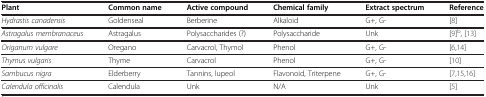
<table><thead><tr><td><b>Plant</b></td><td><b>Common name</b></td><td><b>Active compound</b></td><td><b>Chemical family</b></td><td><b>Extract spectrum</b></td><td><b>Reference</b></td></tr></thead><tbody><tr><td><i>Hydrastis canadensis</i></td><td>Goldenseal</td><td>Berberine</td><td>Alkaloid</td><td>G+, G-</td><td>[8]</td></tr><tr><td><i>Astragalus membranaceus</i></td><td>Astragalus</td><td>Polysaccharides (?)</td><td>Polysaccharide</td><td>Unk</td><td>[9]<sup>b</sup>, [13]</td></tr><tr><td><i>Origanum vulgare</i></td><td>Oregano</td><td>Carvacrol, Thymol</td><td>Phenol</td><td>G+, G-</td><td>[6,14]</td></tr><tr><td><i>Thymus vulgaris</i></td><td>Thyme</td><td>Carvacrol</td><td>Phenol</td><td>G+, G-</td><td>[10]</td></tr><tr><td><i>Sambucus nigra</i></td><td>Elderberry</td><td>Tannins, lupeol</td><td>Flavonoid, Triterpene</td><td>G+, G-</td><td>[7,15,16]</td></tr><tr><td><i>Calendula officinalis</i></td><td>Calendula</td><td>Unk</td><td>N/A</td><td>Unk</td><td>[5]</td></tr></tbody></table>